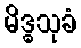
မိဒ္ဓသုခံ